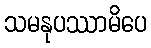
သမနုပဿာမိပေ